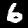
Digit: 6